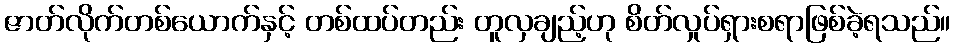
ဇာတ်လိုက်တစ်ယောက်နှင့် တစ်ထပ်တည်း တူလှချည့်ဟု စိတ်လှုပ်ရှားစရာဖြစ်ခဲ့ရသည်။